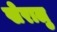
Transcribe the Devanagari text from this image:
खेरालु